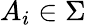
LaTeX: A_{i}\in\Sigma